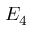
E _ { 4 }